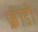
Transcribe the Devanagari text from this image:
फ्रीडी